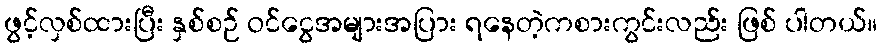
ဖွင့်လှစ်ထားပြီး နှစ်စဉ် ဝင်ငွေအများအပြား ရနေတဲ့ကစားကွင်းလည်း ဖြစ် ပါတယ်။